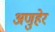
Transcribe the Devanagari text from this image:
अणुहेर